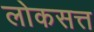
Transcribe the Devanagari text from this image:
लोकसत्त